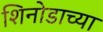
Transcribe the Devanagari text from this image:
शिनोडाच्या